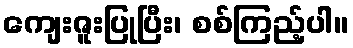
ကျေးဇူးပြုပြီး၊ စစ်ကြည့်ပါ။